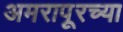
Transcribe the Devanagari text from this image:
अमरापूरच्या